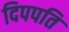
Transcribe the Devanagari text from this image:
दिपपति